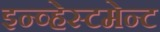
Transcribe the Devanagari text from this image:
इन्व्हेस्टमेन्ट